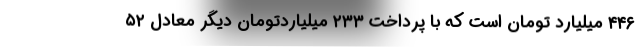
۴۴۶ میلیارد تومان است که با پرداخت ۲۳۳ میلیاردتومان دیگر معادل ۵۲